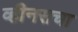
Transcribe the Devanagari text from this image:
व्हीनसचा